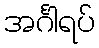
အင်္ဂါရပ်